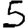
Digit: 5